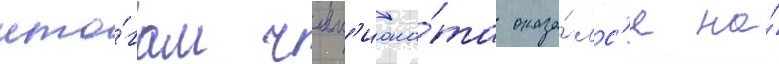
ито́гам чемп'иона́та оказа́лс'я на́